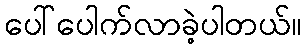
ပေါ်ပေါက်လာခဲ့ပါတယ်။